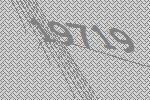
19719